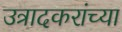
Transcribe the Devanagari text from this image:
उत्रादकरांच्या